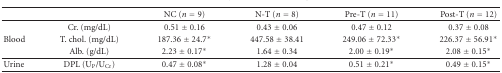
<table><thead><tr><td></td><td></td><td><b>NC (<i>n</i> = 9)</b></td><td><b>N-T (<i>n</i> = 8)</b></td><td><b>Pre-T (<i>n</i> = 11)</b></td><td><b>Post-T (<i>n</i> = 12)</b></td></tr></thead><tbody><tr><td></td><td>Cr. (mg/dL)</td><td>0.51 ± 0.16</td><td>0.43 ± 0.06</td><td>0.47 ± 0.12</td><td>0.37 ± 0.08</td></tr><tr><td>Blood</td><td>T. chol. (mg/dL)</td><td>187.36 ± 24.7<sup>∗</sup></td><td>447.58 ± 38.41</td><td>249.06 ± 72.33<sup>∗</sup></td><td>226.37 ± 56.91<sup>∗</sup></td></tr><tr><td></td><td>Alb. (g/dL)</td><td>2.23 ± 0.17<sup>∗</sup></td><td>1.64 ± 0.34</td><td>2.00 ± 0.19<sup>∗</sup></td><td>2.08 ± 0.15<sup>∗</sup></td></tr><tr><td>Urine</td><td>DPL (U<sub>P</sub>/U<sub>Cr</sub>)</td><td>0.47 ± 0.08<sup>∗</sup></td><td>1.28 ± 0.04</td><td>0.51 ± 0.21<sup>∗</sup></td><td>0.49 ± 0.15<sup>∗</sup></td></tr></tbody></table>